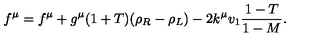
f ^ { \mu } = f ^ { \mu } + g ^ { \mu } ( 1 + T ) ( \rho _ { R } - \rho _ { L } ) - 2 k ^ { \mu } v _ { 1 } \frac { 1 - T } { 1 - M } .